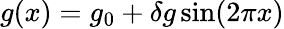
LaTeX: g(x)=g_{0}+\delta g\sin(2\pi x)